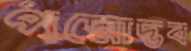
পদ্মোদ্ভব